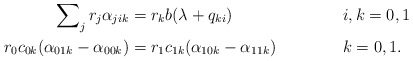
\begin{align*}\sum\nolimits_j r_j \alpha_{jik} &= r_k b(\lambda + q_{ki})&&i,k=0,1\\r_0 c_{0k} (\alpha_{01k} - \alpha_{00k}) &= r_1 c_{1k} (\alpha_{10k} - \alpha_{11k})&& k=0,1.\end{align*}